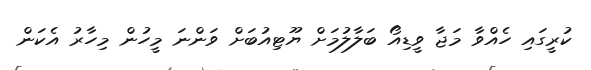
ކުރީގައި ހެއްވާ މަޖާ ވީޑިއޯ ބަލާލުމަށް ޔޫޓިއުބަށް ވަންނަ މީހުން މިހާރު އެކަން